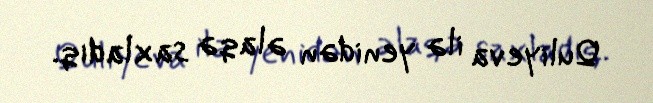
Quliyeva ilə yenidən əlaqə saxladıq.